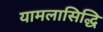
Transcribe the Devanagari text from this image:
यामलासिद्धि